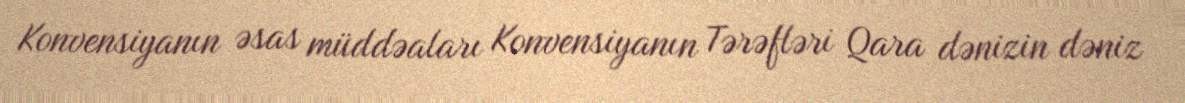
Konvensiyanın əsas müddəaları Konvensiyanın Tərəfləri Qara dənizin dəniz